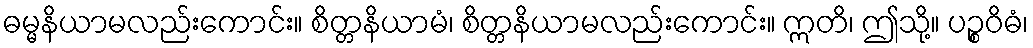
ဓမ္မနိယာမလည်းကောင်း။ စိတ္တနိယာမံ၊ စိတ္တနိယာမလည်းကောင်း။ ဣတိ၊ ဤသို့။ ပဉ္စဝိဓံ၊